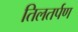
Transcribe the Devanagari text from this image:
तिलतर्पण